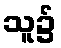
သူ၌